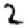
Digit: 2